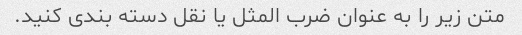
متن زیر را به عنوان ضرب المثل یا نقل دسته بندی کنید.